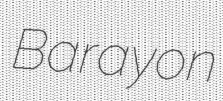
Barayon